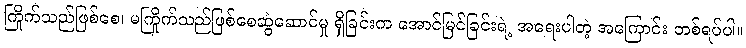
ကြိုက်သည်ဖြစ်စေ၊ မကြိုက်သည်ဖြစ်စေဆွဲဆောင်မှု ရှိခြင်းက အောင်မြင်ခြင်းရဲ့ အရေးပါတဲ့ အကြောင်း တစ်ရပ်ပါ။